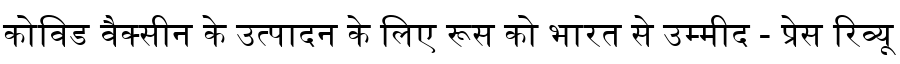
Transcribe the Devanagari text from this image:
कोविड वैक्सीन के उत्पादन के लिए रूस को भारत से उम्मीद - प्रेस रिव्यू